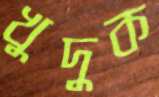
খুদুক